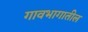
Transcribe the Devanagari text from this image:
गावभागातील